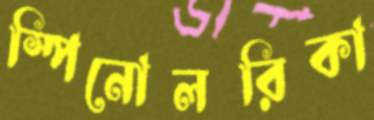
স্পিনোলরিকা